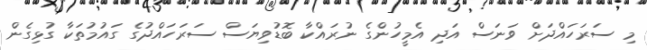
މި ސަރަހައްދަށް ވަނަސް އަދި އެމީހުންގެ ނުރައްކާ ބޮޑުވިޔަސް ސަރަހައްދުގެ ގައުމުތަކާ ގުޅިގެން